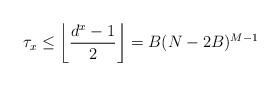
LaTeX: \begin{align*}\tau_{x} \leq \left\lfloor\frac{d^{x}-1}{2}\right\rfloor=B(N-2B)^{M-1}\end{align*}